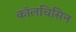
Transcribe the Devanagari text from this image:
कॉलचिसिन